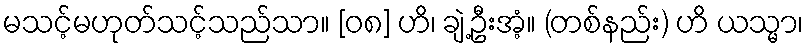
မသင့်မဟုတ်သင့်သည်သာ။ [၀၈] ဟိ၊ ချဲ့ဦးအံ့။ (တစ်နည်း) ဟိ ယသ္မာ၊